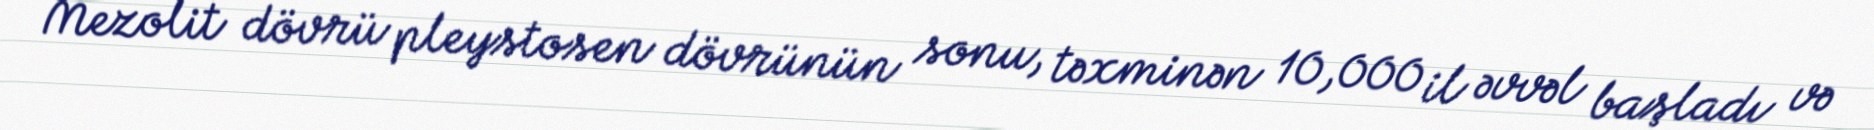
Mezolit dövrü pleystosen dövrünün sonu, təxminən 10,000 il əvvəl başladı və